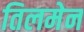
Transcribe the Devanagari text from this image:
तिलमेन